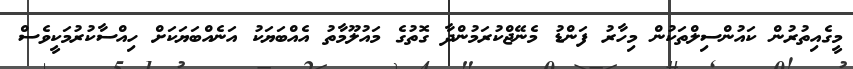
މީގެއިތުރުން ކައުންސިލްތަކުން މިހާރު ފަންޑު މެނޭޖްކުރަމުންދާ ގޮތުގެ މައުލޫމާތު އެއްބަޔަކު އަނެއްބަޔަކަށް ހިއްސާކުރުމަކީވެސް